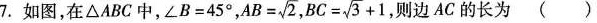
7.如图，在△ABC中，∠B=45°， $$AB= \sqrt{2}$$ $$BC= \sqrt{3}+1$$ 则边AC的长为( )